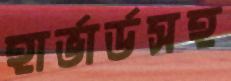
হার্ভার্ডসহ